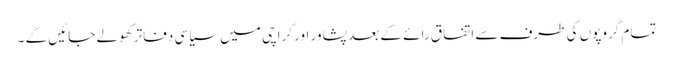
تمام گروپوں کی طرف سے اتفاق رائے کے بعد پشاور اور کراچی میں سیاسی دفاتر کھولے جائیں گے ۔